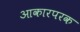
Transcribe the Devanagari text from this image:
आकारपरक